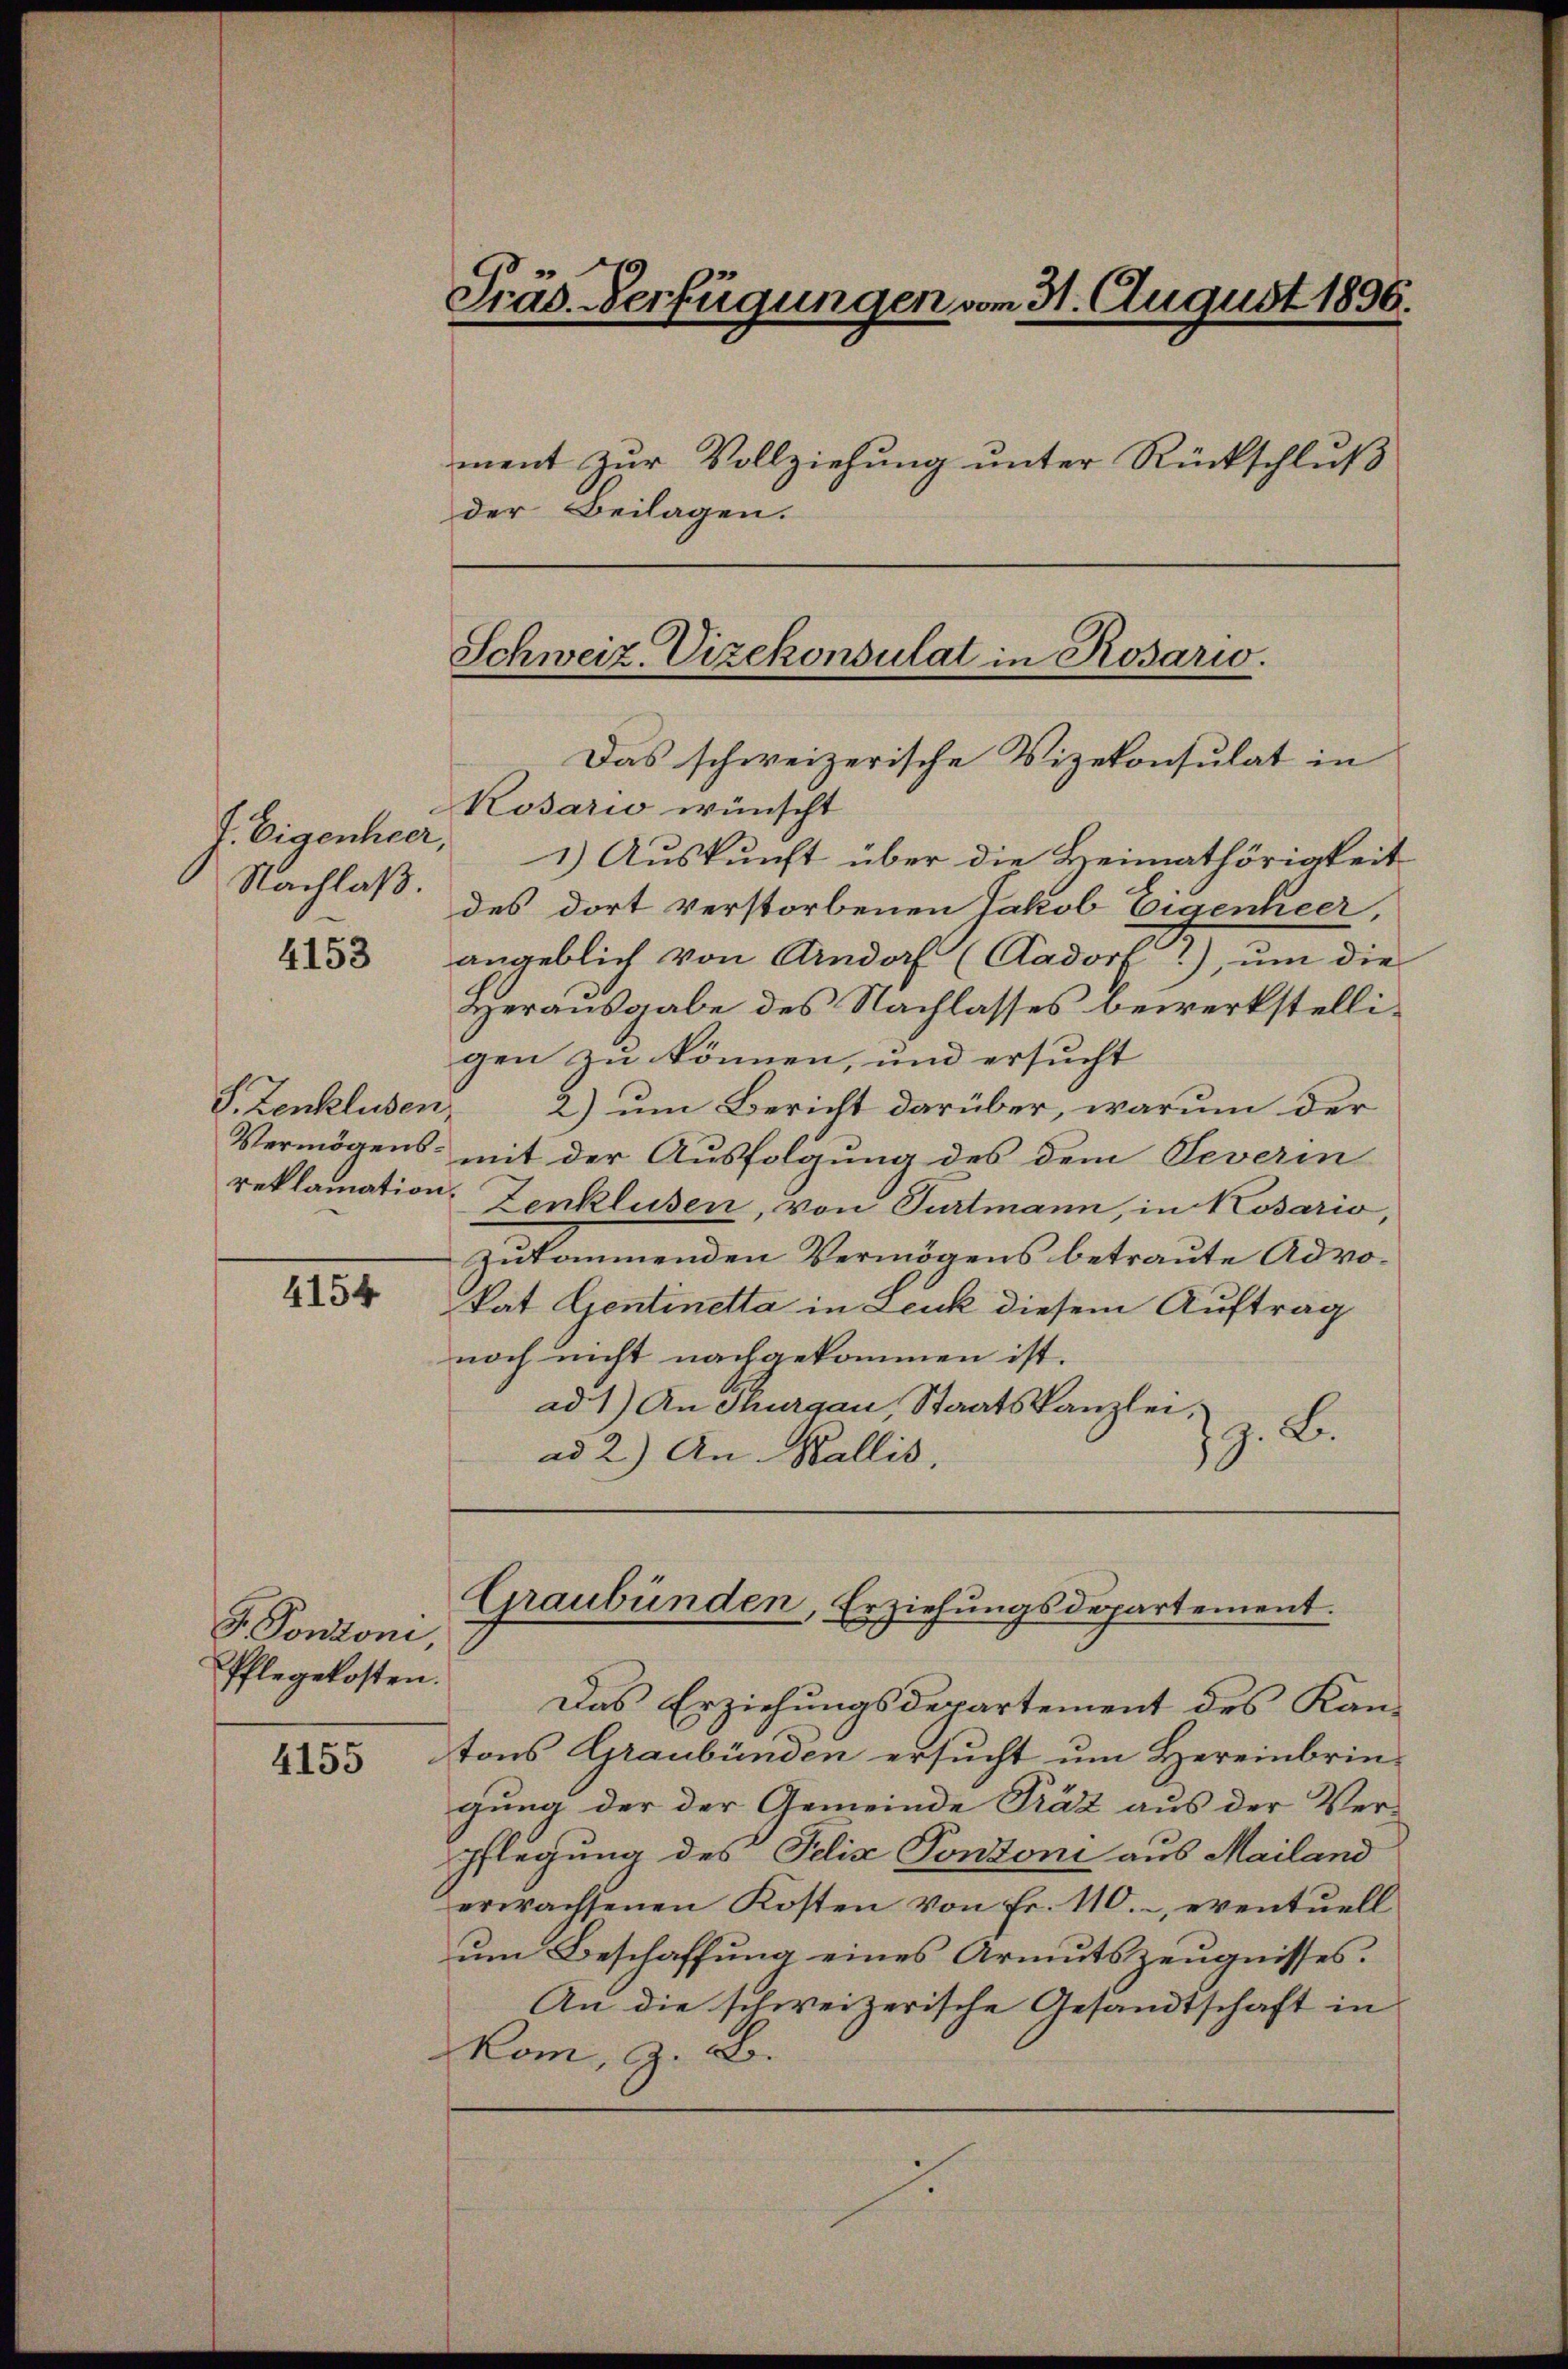
J. Eigenheer,
Nachlaß.

4153

S. Zenklusen,

4154

F Pontoni,
Pflegekosten.

4155

Präs. Verfügungen vom 31. August 1896.
ment zur Vollziehung unter Rückschluß
der Beilagen.

Das schweizerische Vizekonsulat in

Kosario wünscht
1) Auskunft über die Heimathörigkeit
des dort verstorbenen Jakob Eigenheer,
angeblich von Arndorf (Aadorf 1), um die
Herausgabe des Nachlasses bewerkstelligen zu können, und ersucht
2) um Bericht darüber, warum der
Vermögens- mit der Ausfolgung des dem Severin
reklamation. Zenklusen, von Turtmann, in Kosario,
zukommenden Vermögens betraute Advo¬
Vat Gentinetta in Leuk diesem Auftrag
noch nicht nachgekommen ist.
ad 1) An Thurgau, Staatskanzlei,
z. B.
ad 2.) An Wallis,

Das Erziehungsdepartement des Kantons Graubünden ersucht um Hereinbringung der der Gemeinde Präz aus der Verpflegung des Felix Pontoni aus Mailand
erwachsenen Kosten von Fr. 110. eventuell
um Beschaffung eines Armutszeugnisses.
An die schweizerische Gesandtschaft in
Kom, z. B.

Schweiz. Vizekonsulat in Rosario.

Graubünden, Erziehungsdepartement.